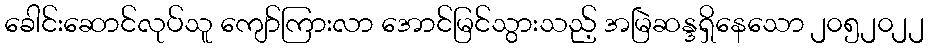
ခေါင်းဆောင်လုပ်သူ ကျော်ကြားလာ အောင်မြင်သွားသည့် အမြဲဆန္ဒရှိနေသော ၂၀၅၂၀၂၂